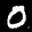
Label: 0